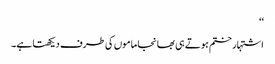
‘‘
اشتہار ختم ہوتے ہی بھانجا ماموں کی طرف دیکھتا ہے۔